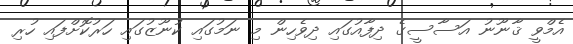
އެމްވީ ޤާނޫނު އަސާސީގެ ދިފާއުގައި ދިވެހިން މި ނަމުގައި ކުނޫޒުގައި ހަރުކޮށްފައި ހުރި